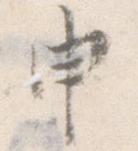
申